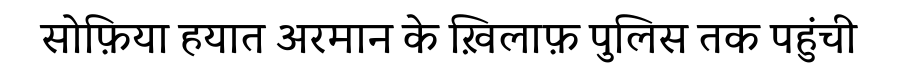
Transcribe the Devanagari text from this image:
सोफ़िया हयात अरमान के ख़िलाफ़ पुलिस तक पहुंची